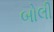
બોલી